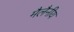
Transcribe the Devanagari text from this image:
मैलैनीय